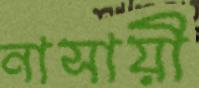
নাসায়ী